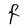
Character: F